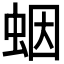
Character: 𧊭